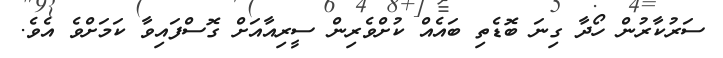
ސަރުކާރުން ހޯދާ ގިނަ ބޮޑެތި ބައެއް ކުށްވެރިން ސީރިއާއަށް ގޮސްފައިވާ ކަމަށްވެ އެވެ.